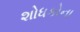
શોધકોના